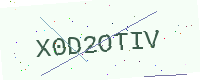
Text: X0D2OTIV